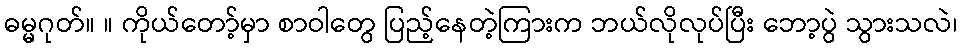
ဓမ္မဂုတ်။ ။ ကိုယ်တော့်မှာ စာဝါတွေ ပြည့်နေတဲ့ကြားက ဘယ်လိုလုပ်ပြီး ဘော့ပွဲ သွားသလဲ၊